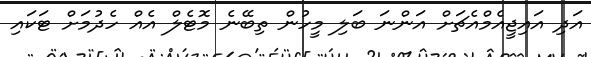
އަދި އައިޖީއެމްއެޗަށް އަންނަ ބަލި މީހުން ތިބޭނެ މޮޓެލް އެއް ހެދުމަށް ޓަކައި